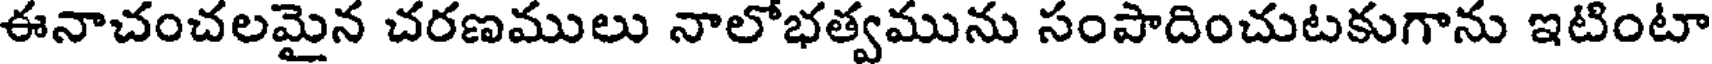
ఈనాచంచలమైన చరణములు నాలోభత్వమును సంపాదించుటకుగాను ఇటింటా